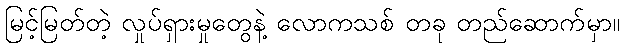
မြင့်မြတ်တဲ့ လှုပ်ရှားမှုတွေနဲ့ လောကသစ် တခု တည်ဆောက်မှာ။